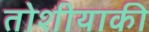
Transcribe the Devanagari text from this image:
तोशीयाकी